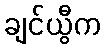
ချင်ယွီက